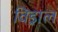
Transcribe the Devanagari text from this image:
विड्राल